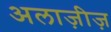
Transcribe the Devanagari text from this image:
अलाज़ीज़